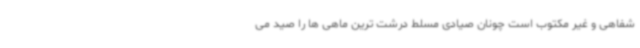
شفاهی و غیر مکتوب است چونان صیادی مسلط درشت ترین ماهی ها را صید می